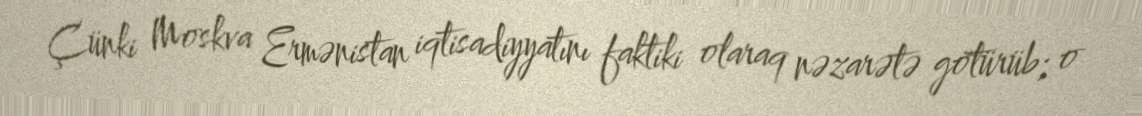
Çünki Moskva Ermənistan iqtisadiyyatını faktiki olaraq nəzarətə götürüb; o